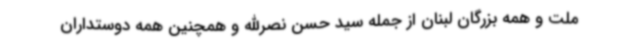
ملت و همه بزرگان لبنان از جمله سید حسن نصرالله و همچنین همه دوستداران